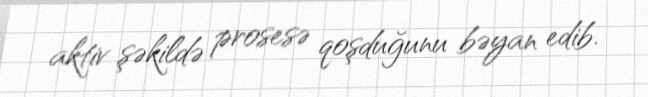
aktiv şəkildə prosesə qoşduğunu bəyan edib.